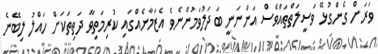
ވަރަށް ގެންގުޅޭ ވަސީލަތްތައްވެސް އަންނަނީ ބަދަލުވަމުންނެވެ އެޒަމާނެއްގައި ކުރިމަތިވާ ދަތިތަކަށް ހައްލު ލިބޭނެ